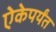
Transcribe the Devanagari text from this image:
ऐकेपर्यंत